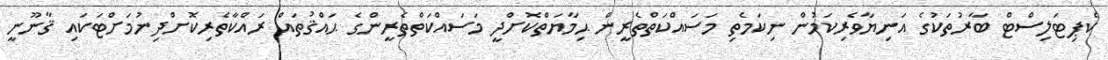
ކެޕިޓަލިސްޓް ބާރުތަކުގެ އަނިޔާވެރިކަމުން ނިކަމެތި މަސައްކަތްތެރީން ޙިމާޔަތްކޮށްދީ މަސައްކަތްތެރީންގެ ޙައްޤުތައް ރައްކާތެރިކޮށްދިނުމަށްޓަކައި ޤާނޫނީ